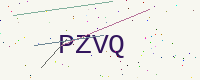
Text: PZVQ